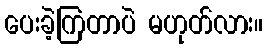
ပေးခဲ့ကြတာပဲ မဟုတ်လား။